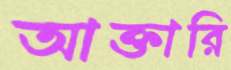
আক্তারি